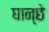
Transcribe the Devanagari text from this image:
घान्छे